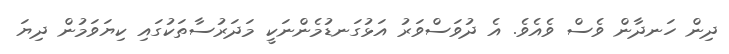
ދިން ހަނދާން ވެސް ވެއެވެ. އެ ދުވަސްވަރު އަޅުގަނޑުމެންނަކީ މަދަރުސާތަކުގައި ކިޔަވަމުން ދިޔަ